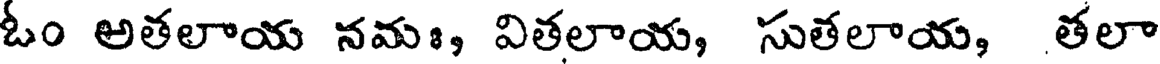
ఓం అతలాయ నమః, వితలాయ, సుతలాయ, తలా